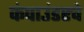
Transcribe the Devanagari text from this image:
कंपाउंडरचे